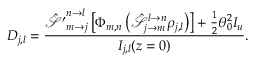
D _ { j , l } = \frac { \hat { \mathcal { S ^ { \prime } } } _ { m \rightarrow j } ^ { n \rightarrow l } \left[ \Phi _ { m , n } \left( \hat { \mathcal { S } } _ { j \rightarrow m } ^ { l \rightarrow n } \rho _ { j , l } \right) \right] + \frac { 1 } { 2 } \theta _ { 0 } ^ { 2 } I _ { u } } { I _ { j , l } ( z = 0 ) } .